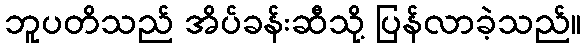
ဘူပတိသည် အိပ်ခန်းဆီသို့ ပြန်လာခဲ့သည်။